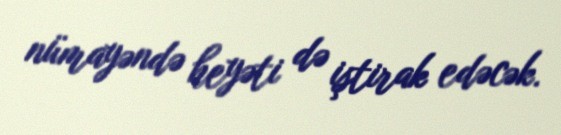
nümayəndə heyəti də iştirak edəcək.